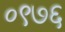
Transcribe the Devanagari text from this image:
०९७६